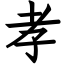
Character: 孝